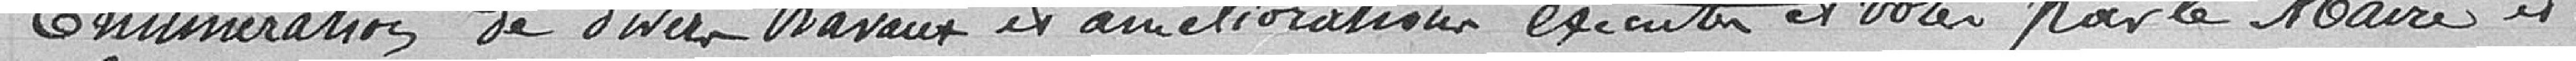
Enumération de divers travaux et améliorations exécutés et votés par le Maire et le conseil